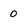
Character: 0